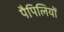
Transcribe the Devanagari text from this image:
पैपिलियों